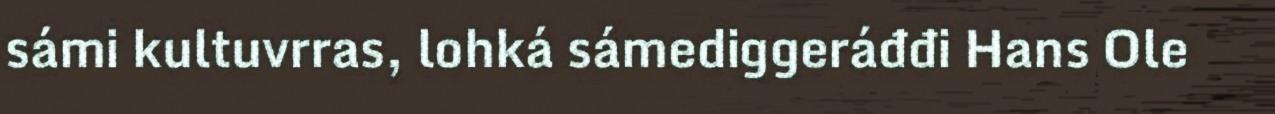
sámi kultuvrras, lohká sámediggeráđđi Hans Ole